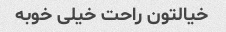
خیالتون راحت خیلی خوبه